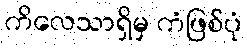
ကိလေသာရှိမှ ကံဖြစ်ပုံ